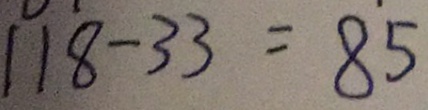
1 1 8 - 3 3 = 8 5